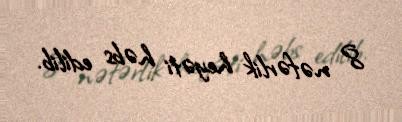
8 nəfərlik heyəti həbs edilib.